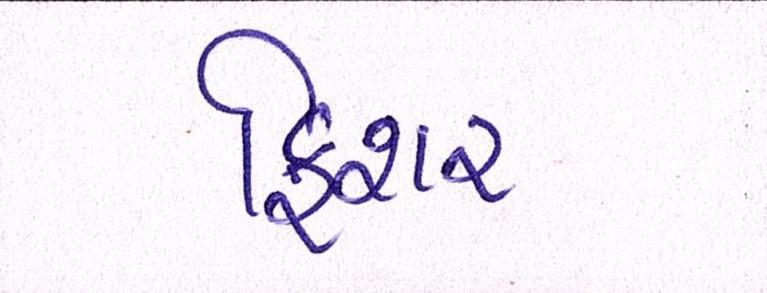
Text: ફિશર